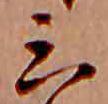
ミ